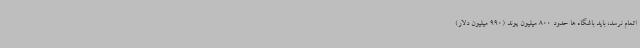
اتمام نرسد، باید باشگاه ها حدود 800 میلیون پوند (990 میلیون دلار)